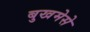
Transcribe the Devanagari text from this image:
बुखमेसे